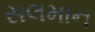
સલમાન